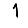
Digit: 1